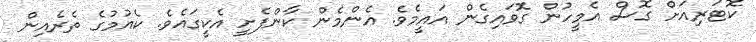
ކޮޓަރިއަށް ގޮސް އެމީހުން ގޮވައިގެން އައީމެވެ. އެންމެން ކާންފެށީ އެކީގައެވެ. ކެއުމުގެ ތެރެއިން